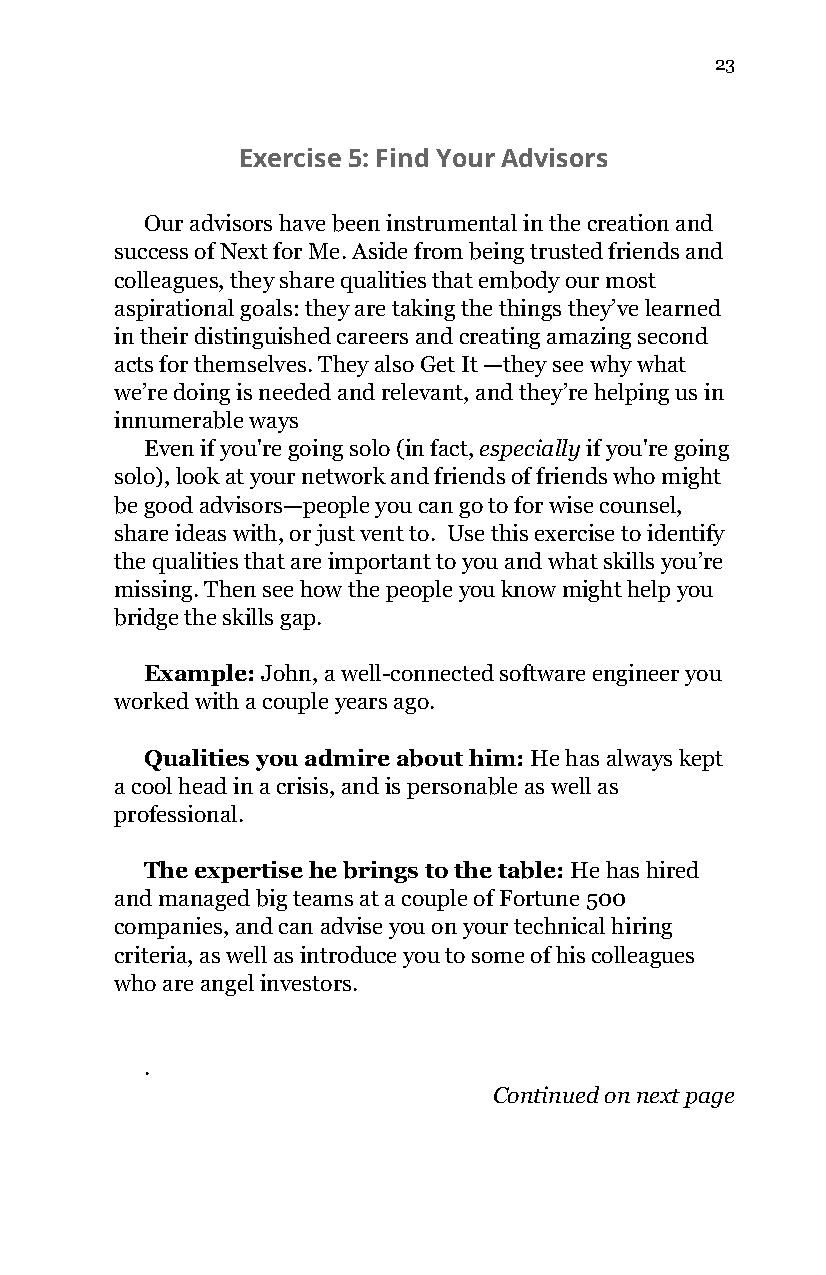
23
 Exercise 5: Find Your Advisors
 Our advisors have been instrumental in the creation and
 success of Next for Me. Aside from being trusted friends and
 colleagues, they share qualities that embody our most
 aspirational goals: they are taking the things they’ve learned
 in their distinguished careers and creating amazing second
 acts for themselves. They also Get It —they see why what
 we’re doing is needed and relevant, and they’re helping us in
 innumerable ways
 Even if you're going solo (in fact, especially if you're going
 ​     ​
 solo), look at your network and friends of friends who might
 be good advisors—people you can go to for wise counsel,
 share ideas with, or just vent to. Use this exercise to identify
 the qualities that are important to you and what skills you’re
 missing. Then see how the people you know might help you
 bridge the skills gap.
 Example: John, a well-connected software engineer you
 ​
 worked with a couple years ago.
 Qualities you admire about him: He has always kept
 ​
 a cool head in a crisis, and is personable as well as
 professional.
 The expertise he brings to the table: He has hired
 ​
 and managed big teams at a couple of Fortune 500
 companies, and can advise you on your technical hiring
 criteria, as well as introduce you to some of his colleagues
 who are angel investors.
 .
 Continued on next page